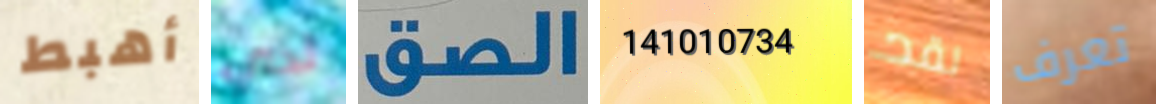
أهبط لدي الصق 141010734 لقد تعرف